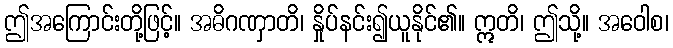
ဤအကြောင်းတို့ဖြင့်။ အဓိဂဏှာတိ၊ နှိုပ်နင်း၍ယူနိုင်၏။ ဣတိ၊ ဤသို့။ အဝေါစ၊